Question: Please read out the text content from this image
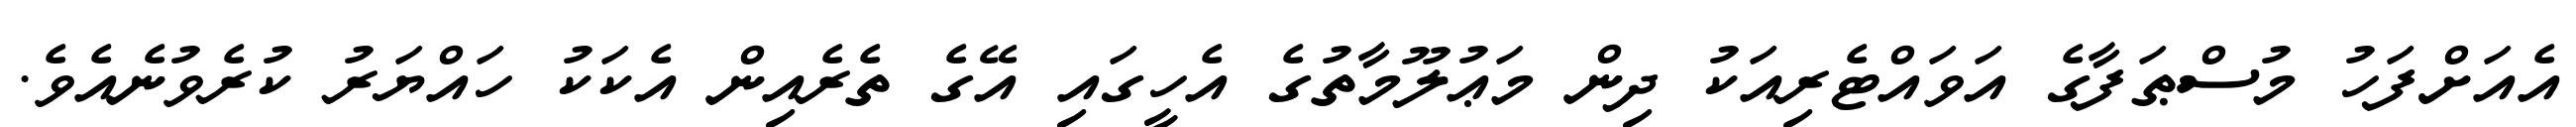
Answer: އެއަށްފަހު މުސްޠަފާގެ އަވައްޓެރިއަކު ދިން މަޢުލޫމާތުގެ އެހީގައި އޭގެ ތެރެއިން އެކަކު ހައްޔަރު ކުރެވުނެއެވެ.